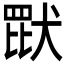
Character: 𬙠